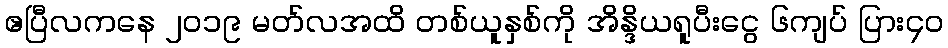
ဧပြီလကနေ ၂၀၁၉ မတ်လအထိ တစ်ယူနှစ်ကို အိန္ဒိယရူပီးငွေ ၆ကျပ် ပြား၄၀